Indian journal of veterinary science and animal husbandry - Volumes 18-21, 1948-1951
Year: 1948
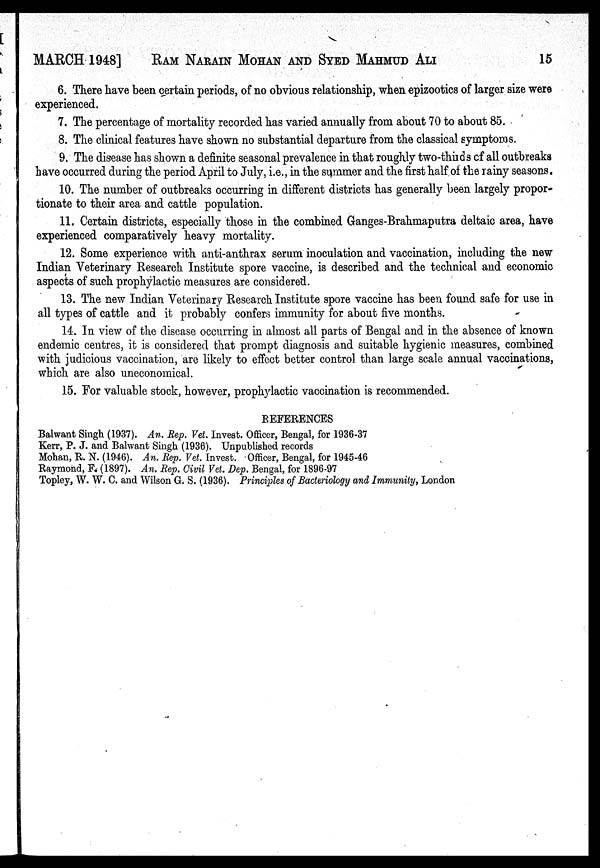
MARCH 1948] RAM NARAIN MOHAN AND SYED MAHMUD ALI 15
6. There have been certain periods, of no obvious relationship, when epizootics of larger size were
experienced.
7. The percentage of mortality recorded has varied annually from about 70 to about 85.
8. The clinical features have shown no substantial departure from the classical symptoms.
9. The disease has shown a definite seasonal prevalence in that roughly two-thirds of all outbreaks
have occurred during the period April to July, i.e., in the summer and the first half of the rainy seasons.
10. The number of outbreaks occurring in different districts has generally been largely propor-
tionate to their area and cattle population.
11. Certain districts, especially those in the combined Ganges-Brahmaputra deltaic area, have
experienced comparatively heavy mortality.
12. Some experience with anti-anthrax serum inoculation and vaccination, including the new
Indian Veterinary Research Institute spore vaccine, is described and the technical and economic
aspects of such prophylactic measures are considered.
13. The new Indian Veterinary Research Institute spore vaccine has been found safe for use in
all types of cattle and it probably confers immunity for about five months.
14. In view of the disease occurring in almost all parts of Bengal and in the absence of known
endemic centres, it is considered that prompt diagnosis and suitable hygienic measures, combined
with judicious vaccination, are likely to effect better control than large scale annual vaccinations,
which are also uneconomical.
15. For valuable stock, however, prophylactic vaccination is recommended.
REFERENCES
Balwant Singh (1937). An. Rep. Vet. Invest. Officer, Bengal, for 1936-37
Kerr, P. J. and Balwant Singh (1936). Unpublished records
Mohan, R. N. (1946). An. Rep. Vet. Invest. Officer, Bengal, for 1945-46
Raymond, F. (1897). An. Rep. Civil Vet. Dep. Bengal, for 1896-97
Topley, W. W. C. and Wilson G. S. (1936). Principles of Bacteriology and Immunity, London